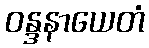
ဝန္ဒနာယေတံ